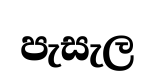
පැසැල